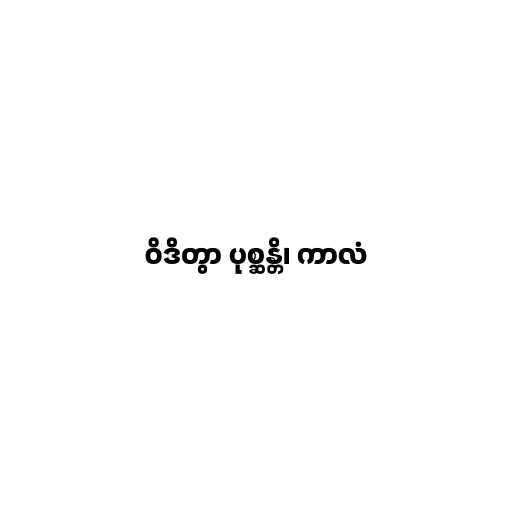
ဝိဒိတွာ ပုစ္ဆန္တိ၊ ကာလံ